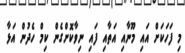
މި ފަހަކަށް އައި މޫނާއި އަތާއި ފައި ނިވާކޮށްގެން ކިމް ހެދުން އަޅާ